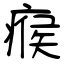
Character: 瘊